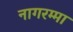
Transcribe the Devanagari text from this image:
नागरम्मा